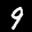
Label: 9